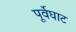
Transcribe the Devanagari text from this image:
पूर्वेघाट